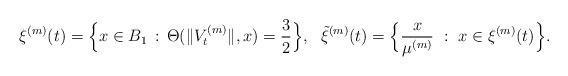
LaTeX: \begin{align*}\xi^{(m)}(t)=\Big\{x\in B_1\, :\, \Theta(\|V_t^{(m)}\|,x)=\frac32\Big\},\ \ \tilde\xi^{(m)}(t)=\Big\{\frac{x}{\mu^{(m)}}\ : \ x\in \xi^{(m)}(t)\Big\}.\end{align*}